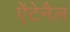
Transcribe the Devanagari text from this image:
ऐंटेनैल